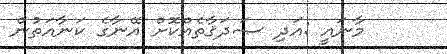
މާނައީ :އަދި ޞަދަޤާތެއްކޮށް އޭނާގެ ކަނާއަތުން